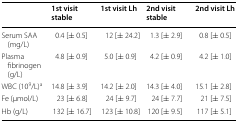
<table><thead><tr><td></td><td><b>1st visit stable</b></td><td><b>1st visit Lh</b></td><td><b>2nd visit stable</b></td><td><b>2nd visit Lh</b></td></tr></thead><tbody><tr><td>Serum SAA (mg/L)</td><td>0.4 [± 0.5]</td><td>12 [± 24.2]</td><td>1.3 [± 2.9]</td><td>0.8 [± 0.5]</td></tr><tr><td>Plasma fibrinogen (g/L)</td><td>4.8 [± 0.9]</td><td>5.0 [± 0.9]</td><td>4.2 [± 0.9]</td><td>4.2 [± 1.0]</td></tr><tr><td>WBC (10<sup>9</sup>/L)<sup>a</sup></td><td>14.8 [± 3.9]</td><td>14.2 [± 2.0]</td><td>14.3 [± 4.0]</td><td>15.1 [± 2.8]</td></tr><tr><td>Fe (μmol/L)</td><td>23 [± 6.8]</td><td>24 [± 9.7]</td><td>24 [± 7.7]</td><td>21 [± 7.5]</td></tr><tr><td>Hb (g/L)</td><td>132 [± 16.7]</td><td>123 [± 10.8]</td><td>120 [± 9.5]</td><td>117 [± 5.1]</td></tr></tbody></table>